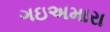
ગઇઅમારા